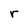
Character: r